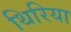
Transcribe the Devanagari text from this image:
थिरिया